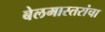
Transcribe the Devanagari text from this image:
बेलमास्तरांचा